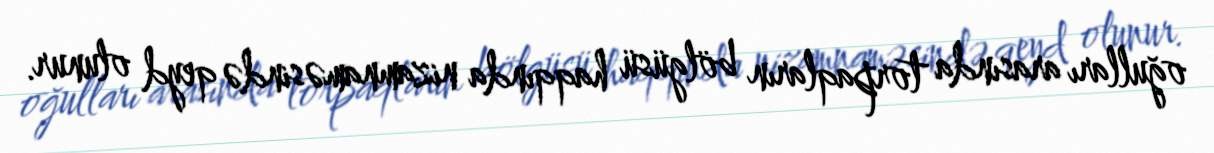
oğulları arasında torpaqların bölgüsü haqqında nizamnaməsində qeyd olunur.